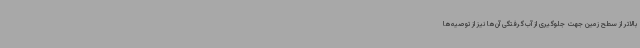
بالاتر از سطح زمین جهت جلوگیری از آب‌گرفتگی آن‌ها نیز از توصیه‌ها